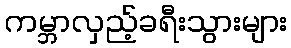
ကမ္ဘာလှည့်ခရီးသွားများ